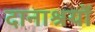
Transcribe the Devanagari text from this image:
दानाश्रयों